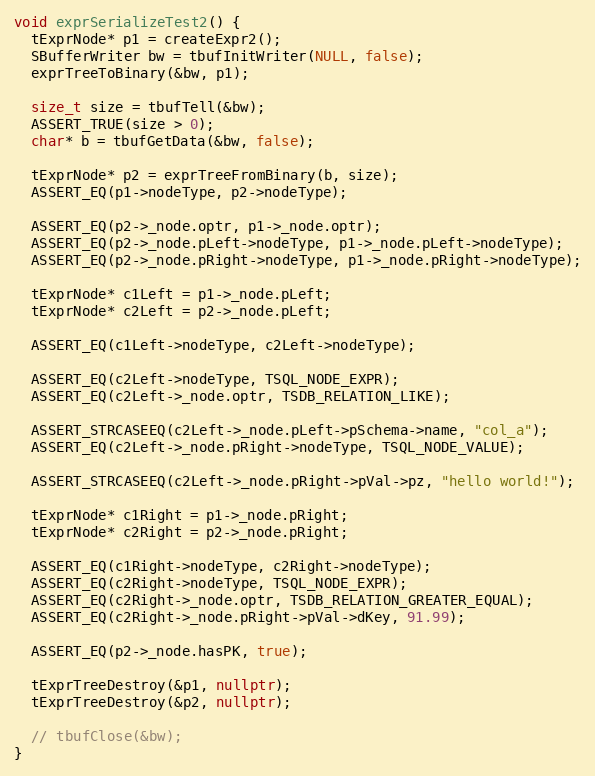
Language: C++
void exprSerializeTest2() {
  tExprNode* p1 = createExpr2();
  SBufferWriter bw = tbufInitWriter(NULL, false);
  exprTreeToBinary(&bw, p1);

  size_t size = tbufTell(&bw);
  ASSERT_TRUE(size > 0);
  char* b = tbufGetData(&bw, false);

  tExprNode* p2 = exprTreeFromBinary(b, size);
  ASSERT_EQ(p1->nodeType, p2->nodeType);

  ASSERT_EQ(p2->_node.optr, p1->_node.optr);
  ASSERT_EQ(p2->_node.pLeft->nodeType, p1->_node.pLeft->nodeType);
  ASSERT_EQ(p2->_node.pRight->nodeType, p1->_node.pRight->nodeType);

  tExprNode* c1Left = p1->_node.pLeft;
  tExprNode* c2Left = p2->_node.pLeft;

  ASSERT_EQ(c1Left->nodeType, c2Left->nodeType);

  ASSERT_EQ(c2Left->nodeType, TSQL_NODE_EXPR);
  ASSERT_EQ(c2Left->_node.optr, TSDB_RELATION_LIKE);

  ASSERT_STRCASEEQ(c2Left->_node.pLeft->pSchema->name, "col_a");
  ASSERT_EQ(c2Left->_node.pRight->nodeType, TSQL_NODE_VALUE);

  ASSERT_STRCASEEQ(c2Left->_node.pRight->pVal->pz, "hello world!");

  tExprNode* c1Right = p1->_node.pRight;
  tExprNode* c2Right = p2->_node.pRight;

  ASSERT_EQ(c1Right->nodeType, c2Right->nodeType);
  ASSERT_EQ(c2Right->nodeType, TSQL_NODE_EXPR);
  ASSERT_EQ(c2Right->_node.optr, TSDB_RELATION_GREATER_EQUAL);
  ASSERT_EQ(c2Right->_node.pRight->pVal->dKey, 91.99);

  ASSERT_EQ(p2->_node.hasPK, true);

  tExprTreeDestroy(&p1, nullptr);
  tExprTreeDestroy(&p2, nullptr);

  // tbufClose(&bw);
}